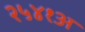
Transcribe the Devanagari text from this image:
२५४१अ